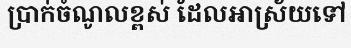
ប្រាក់ចំណូលខ្ពស់ ដែលអាស្រ័យទៅ